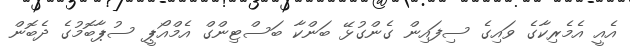
އެއީ އެމެރިކާގެ ވައިގެ ސިފައިން ގެންގުޅޭ ބަންކާ ބަސްޓިންގް އެމްއޯޕީ ސުޕާބޮމުގެ ދެބޮން